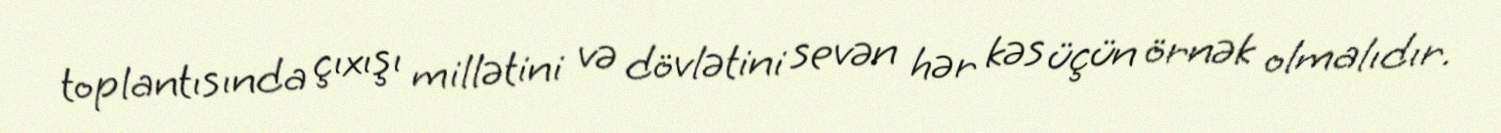
toplantısında çıxışı millətini və dövlətini sevən hər kəs üçün örnək olmalıdır.